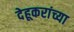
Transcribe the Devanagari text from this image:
देहूकरांच्या